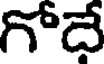
గోదే